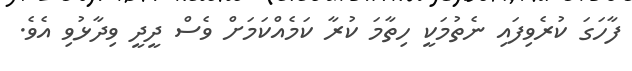
ފާހަގަ ކުރެވިފައި ނެތުމަކީ ހިތާމަ ކުރާ ކަމެއްކަމަށް ވެސް ދީދީ ވިދާޅުވި އެވެ.